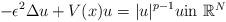
LaTeX: \begin{align*}-\epsilon^2\Delta u + V(x)u = |u|^{p-1}u \mbox{in $\mathbb{R}^N$}\end{align*}